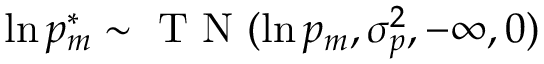
\ln p _ { m } ^ { * } \sim \mathrm { ~ T ~ N ~ } ( \ln p _ { m } , \sigma _ { p } ^ { 2 } , - \infty , 0 )